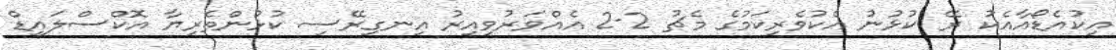
އިކުއެޑޯއާއެކު ރޭ ކުޅުނު އެކުވެރިކަމުގެ މެޗު 2-2 އެއްވަރުވިއިރު އިނގިރޭސި ކުޅުންތެރިޔާ އޮކްސްލައިޑް